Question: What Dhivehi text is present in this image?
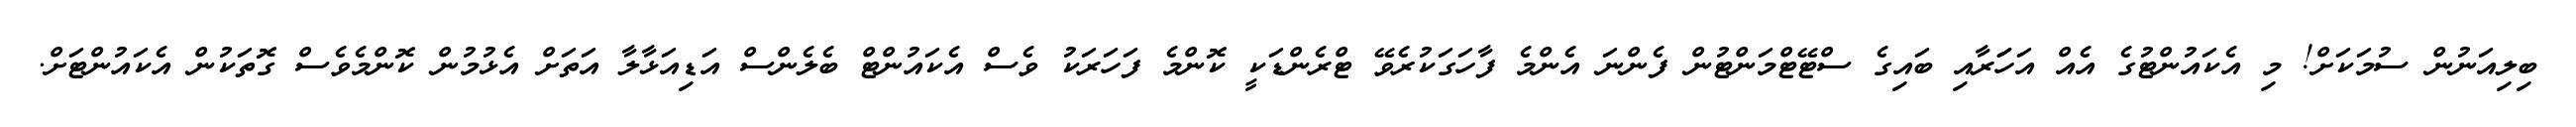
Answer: ބިލިއަނުން ސުމަކަށް! މި އެކައުންޓުގެ އެއް އަހަަރާއި ބައިގެ ސްޓޭޓްމަންޓުން ފެންނަ އެންމެ ފާހަގަކުރެވޭ ޓްރެންޑަކީ ކޮންމެ ފަހަރަކު ވެސް އެކައުންޓް ބެލެންސް އަޑިއަޅާލާ އަތަށް އެޅުމުން ކޮންމެވެސް ގޮތަކުން އެކައުންޓަށް.